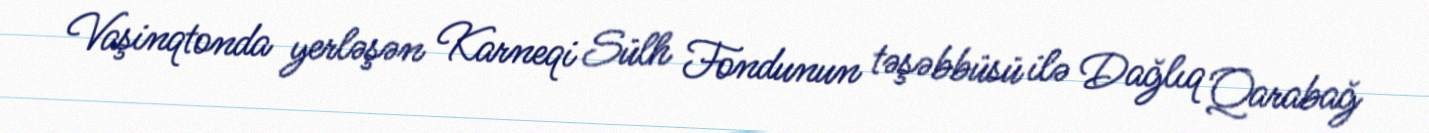
Vaşinqtonda yerləşən Karneqi Sülh Fondunun təşəbbüsü ilə Dağlıq Qarabağ